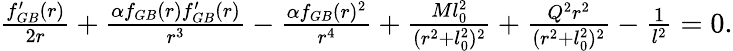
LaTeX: \begin{array}{r}{\frac{f_{GB}^{\prime}(r)}{2r}+\frac{\alpha f_{GB}(r)f_{GB}^{\prime}(r)}{r^{3}}-\frac{\alpha f_{GB}(r)^{2}}{r^{4}}+\frac{Ml_{0}^{2}}{(r^{2}+l_{0}^{2})^{2}}+\frac{Q^{2}r^{2}}{(r^{2}+l_{0}^{2})^{2}}-\frac{1}{l^{2}}=0.}\end{array}